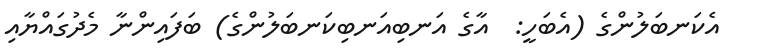
އެކަނބަލުންގެ (އެބަހީ:  އާގެ އަނބިއަނބިކަނބަލުންގެ) ބަފައިންނާ މެދުގައްޔާއި